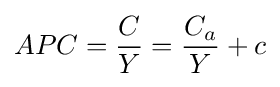
APC={\frac {C}{Y}}={\frac {C_{a}}{Y}}+c